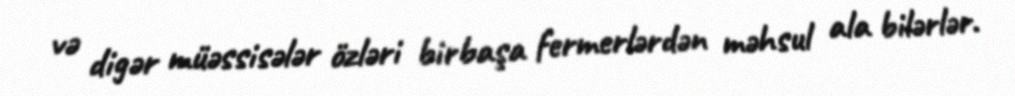
və digər müəssisələr özləri birbaşa fermerlərdən məhsul ala bilərlər.